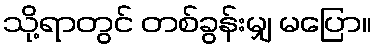
သို့ရာတွင် တစ်ခွန်းမျှ မပြော။